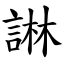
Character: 諃